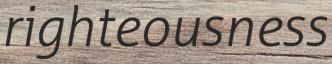
righteousness